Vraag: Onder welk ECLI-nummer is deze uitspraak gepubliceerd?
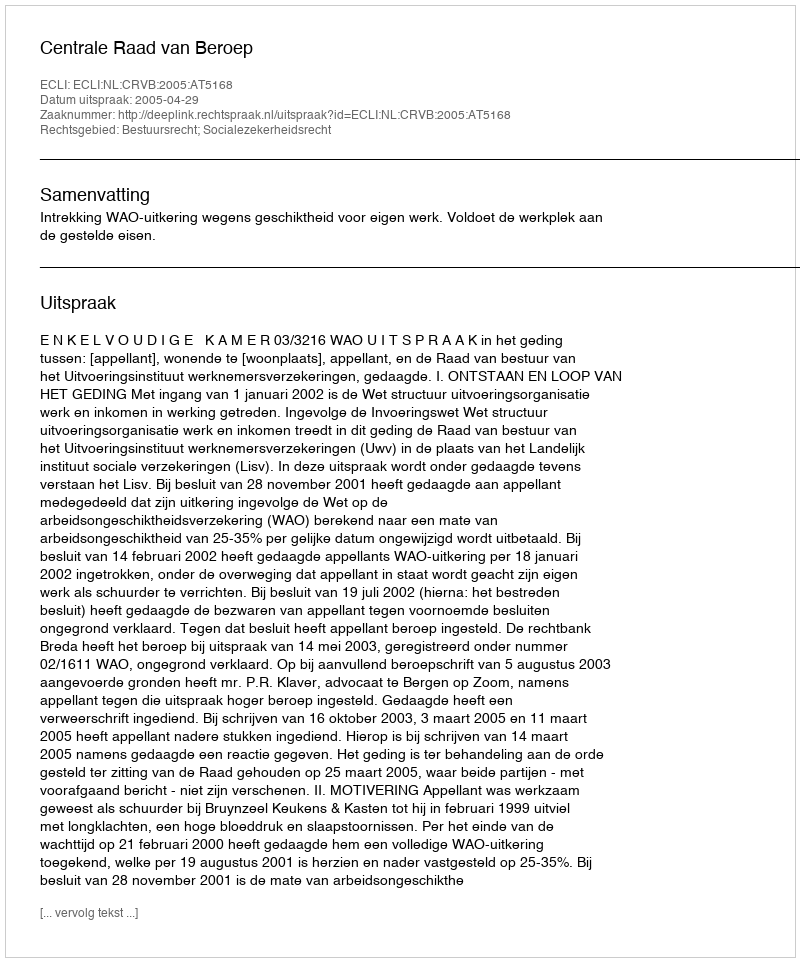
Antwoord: ECLI:NL:CRVB:2005:AT5168